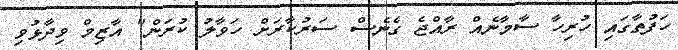
ހަފުތާގައި ހުރިހާ ސާމާނެއް ރާއްޖެ ގެނެސް ސަރުކާރަށް ހަވާލު ކުރަން" އާޒިމް ވިދާޅުވި